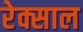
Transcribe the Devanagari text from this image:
रेक्साल